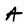
Character: A